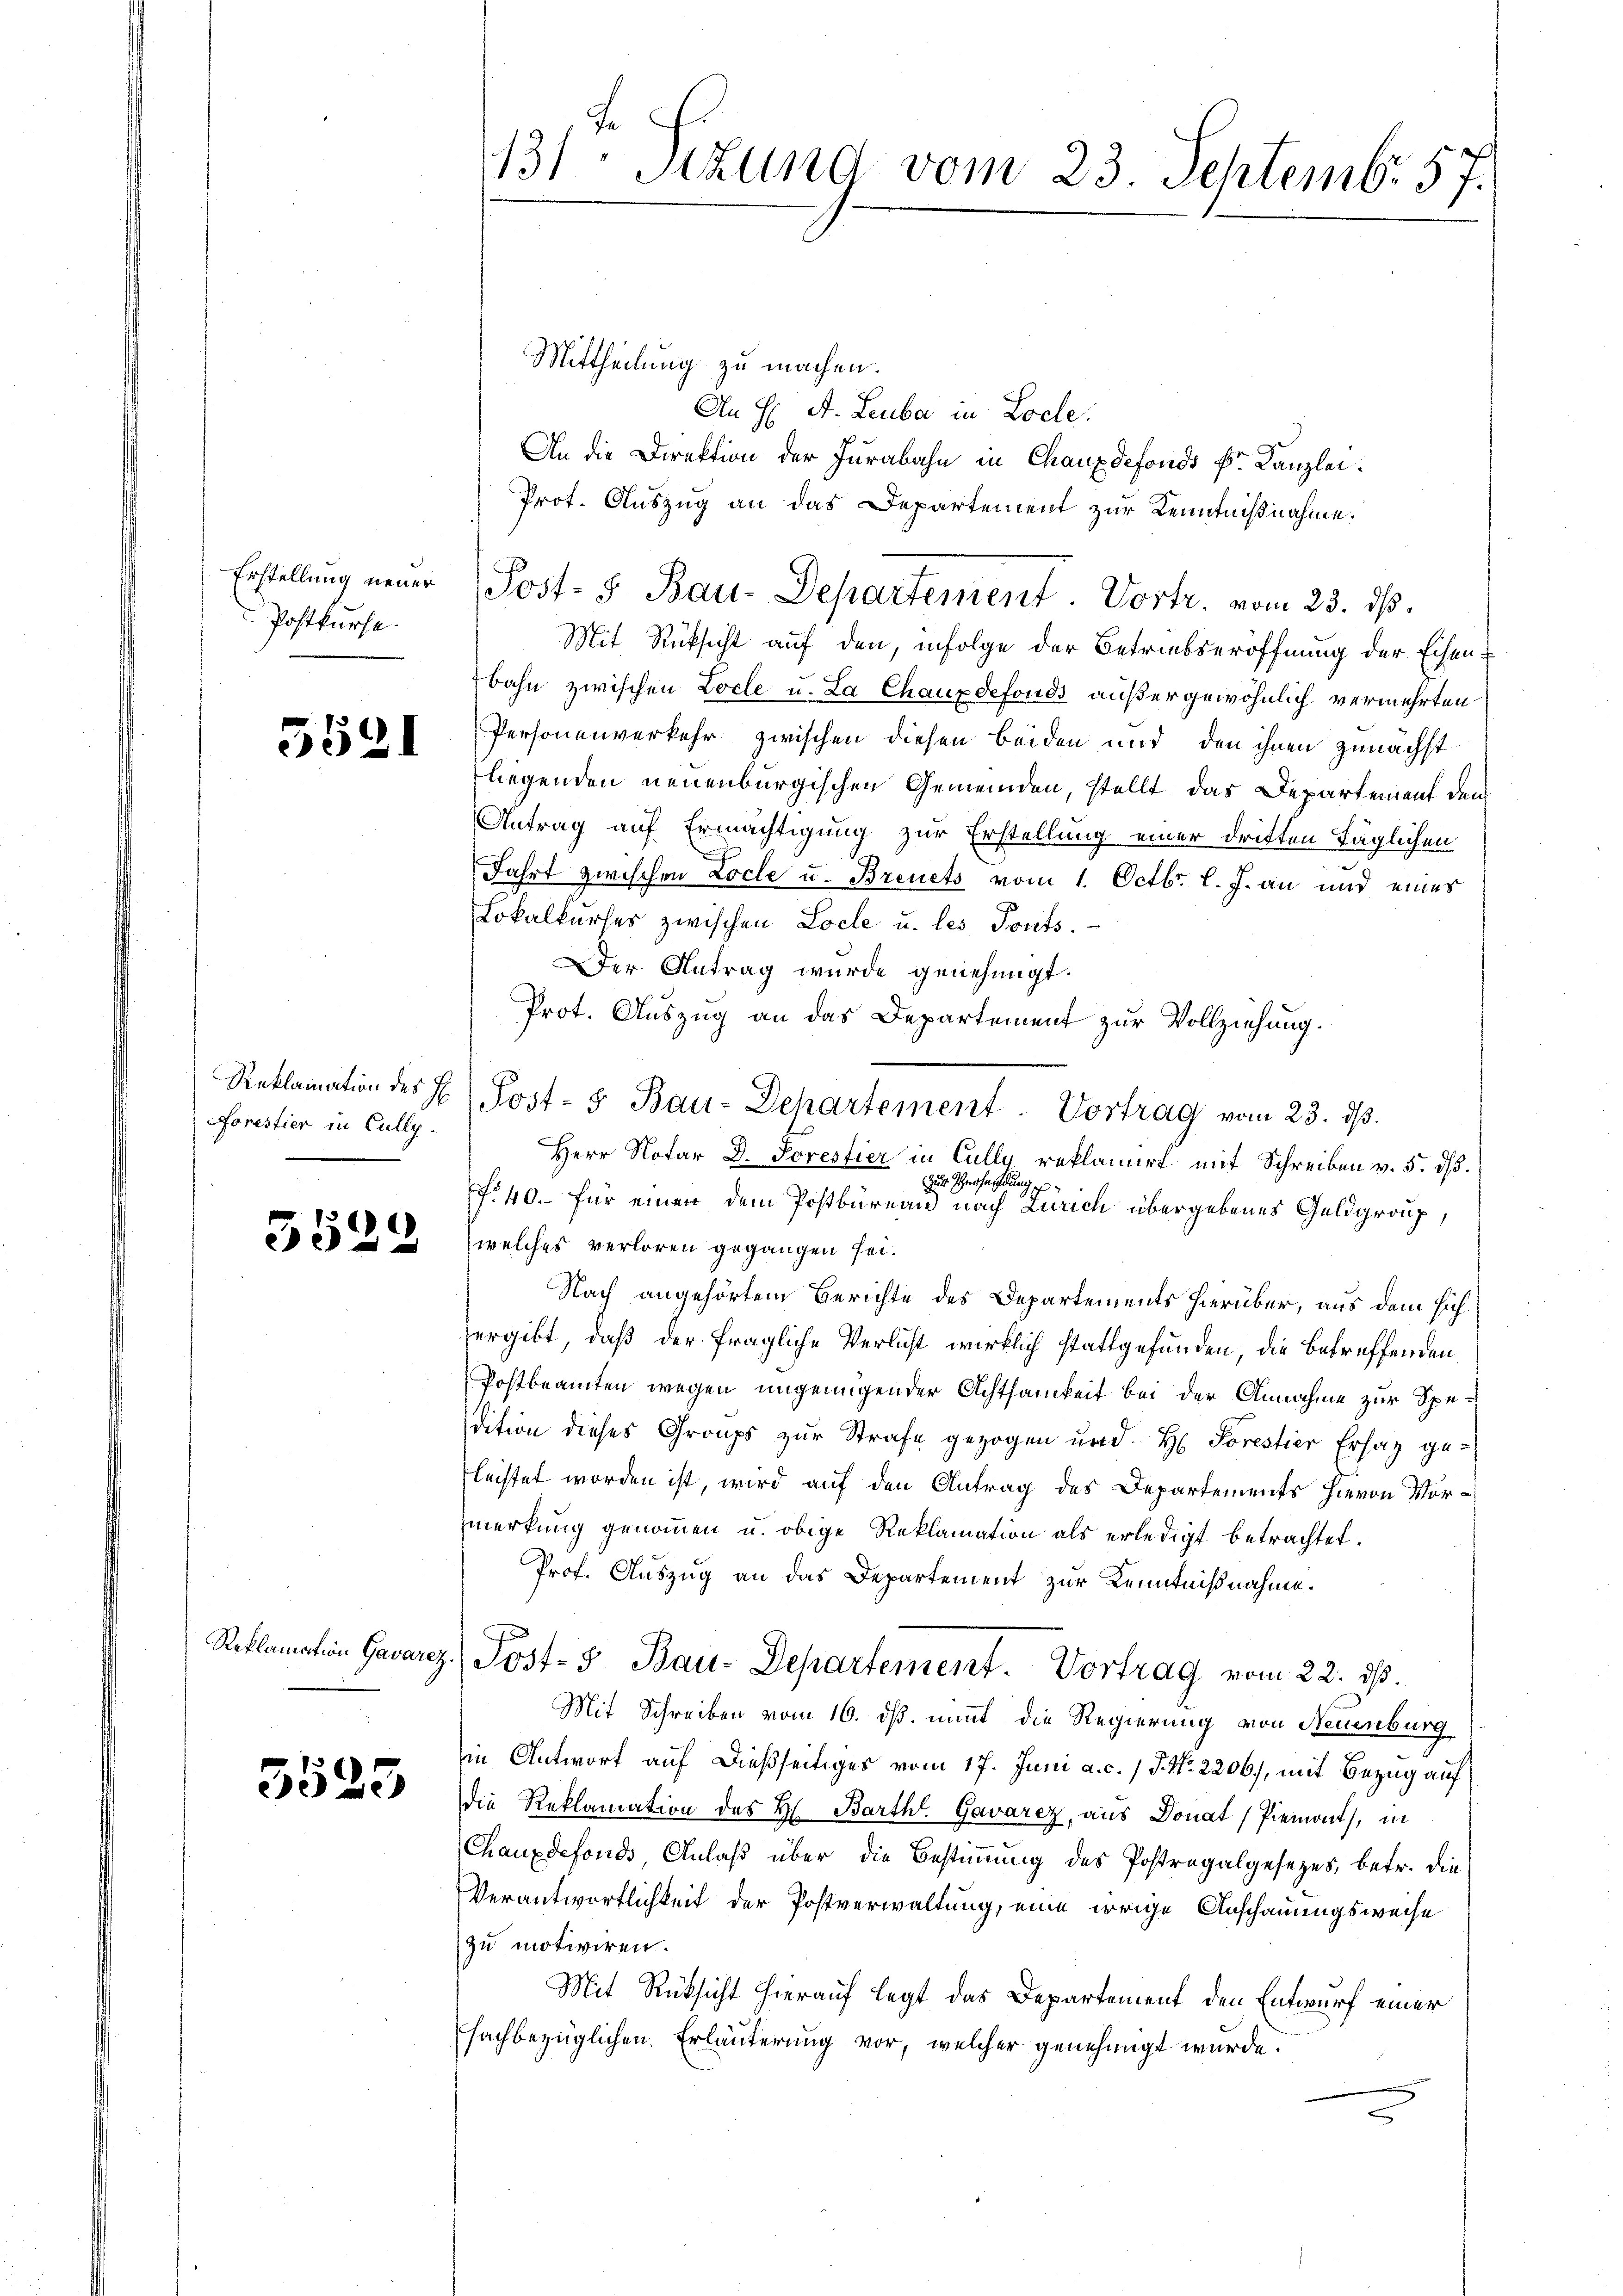
Postkurse.

5521

Forestier in Cully.

e
30
.

5525

Mittheilung zu machen.
An H: A. Leuba in Loche.
An die Direktion der Jurabahn in Chauxdefonds k. Kanzlei.
Prot. Auszug an das Departement zur Kenntnißnahme.
Mit Rücksicht auf den, infolge der Betriebseröffnung der Eisenbahn zwischen Locle u. La Chauxdefonds außergewöhnlich vermehrten
Personenverkehr zwischen diesen beiden und den ihnen zunächst
liegenden neuenburgischen Gemeinden, stellt das Departement dem
Antrag auf Ermächtigung zur Erstellung einer dritten täglichen
Fahrt zwischen Loche u. Breuets vom 1. Octbr. l. J. an und eines
Lokalkurses zwischen Loche u. les Ponts.
Der Antrag wurde genehmigt.
Prot. Auszug an das Departement zur Vollziehung.
Herr Notar D. Forestier in Cully reklamirt mit Schreiben v. 5. dß.
zur Versachtun
s
f. 40. für einen dem Postbüreau nach Zürich übergebenes Geldgroup,
welches verloren gegangen sei.
Nach angehörtem Berichte des Departements hierüber, aus dem sichergibt, daß der fragliche Verlust wirklich stattgefunden, die betreffenden
Postbeamten wegen ungenügender Achtsamkeit bei der Annahme zur Spedition dieses Groups zur Strafe gezogen und H. Forestier Ersaz ge-
fleistet worden ist, wird auf den Antrag des Departements hievon Vormerkung genommen u. obige Reklamation als erledigt betrachtet.
Prof. Auszug an das Departement zur Kenntnißnahme.
Reklamation Gavarez. Post- 5. Bau-Departement. Vortrag vom 22. dβ.
Mit Schreiben vom 16. ds. nimmt die Regierung von Neuenburg
iin Antwort auf dießseitiges vom 17. Juni a. c. 1 P. Nr. 2206), mit Bezug auf
die Reklamation des H. Barth. Gavarez, aus Donat Piemont, in
Chauxdefonds Anlaß über die Bestimmung des Postragalgesezes, betr. die
Verantwortlichkeit der Postverwaltung, eine irrige Anschauungsweise
zu motiviren.
Mit Rücksicht hierauf legt das Departement den Entwurf einer
fachbezüglichen Erläuterung vor, welcher genehmigt wurde.

131 Sizung vom 23. Septemb. 57.

Erstellung neuer Post- & Bau-Departement. Vortr. vom 23. ds.

Reklamation des H. Post-5 Bau-Departement Vortrag vom 23. dβ.